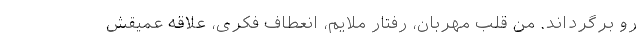
رو برگرداند. من قلب مهربان، رفتار ملایم، انعطاف فکری، علاقه عمیقش